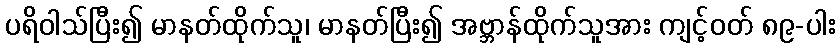
ပရိဝါသ်ပြီး၍ မာနတ်ထိုက်သူ၊ မာနတ်ပြီး၍ အဗ္ဘာန်ထိုက်သူအား ကျင့်ဝတ် ၈၉-ပါး